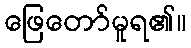
ဖြေတော်မူရ၏။